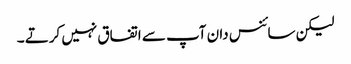
لیکن سائنس دان آپ سے اتفاق نہیں کرتے ۔